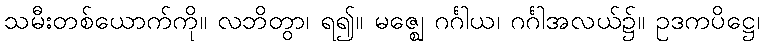
သမီးတစ်ယောက်ကို။ လဘိတွာ၊ ရ၍။ မဇ္ဈေ ဂင်္ဂါယ၊ ဂင်္ဂါအလယ်၌။ ဥဒကပိဋ္ဌေ၊